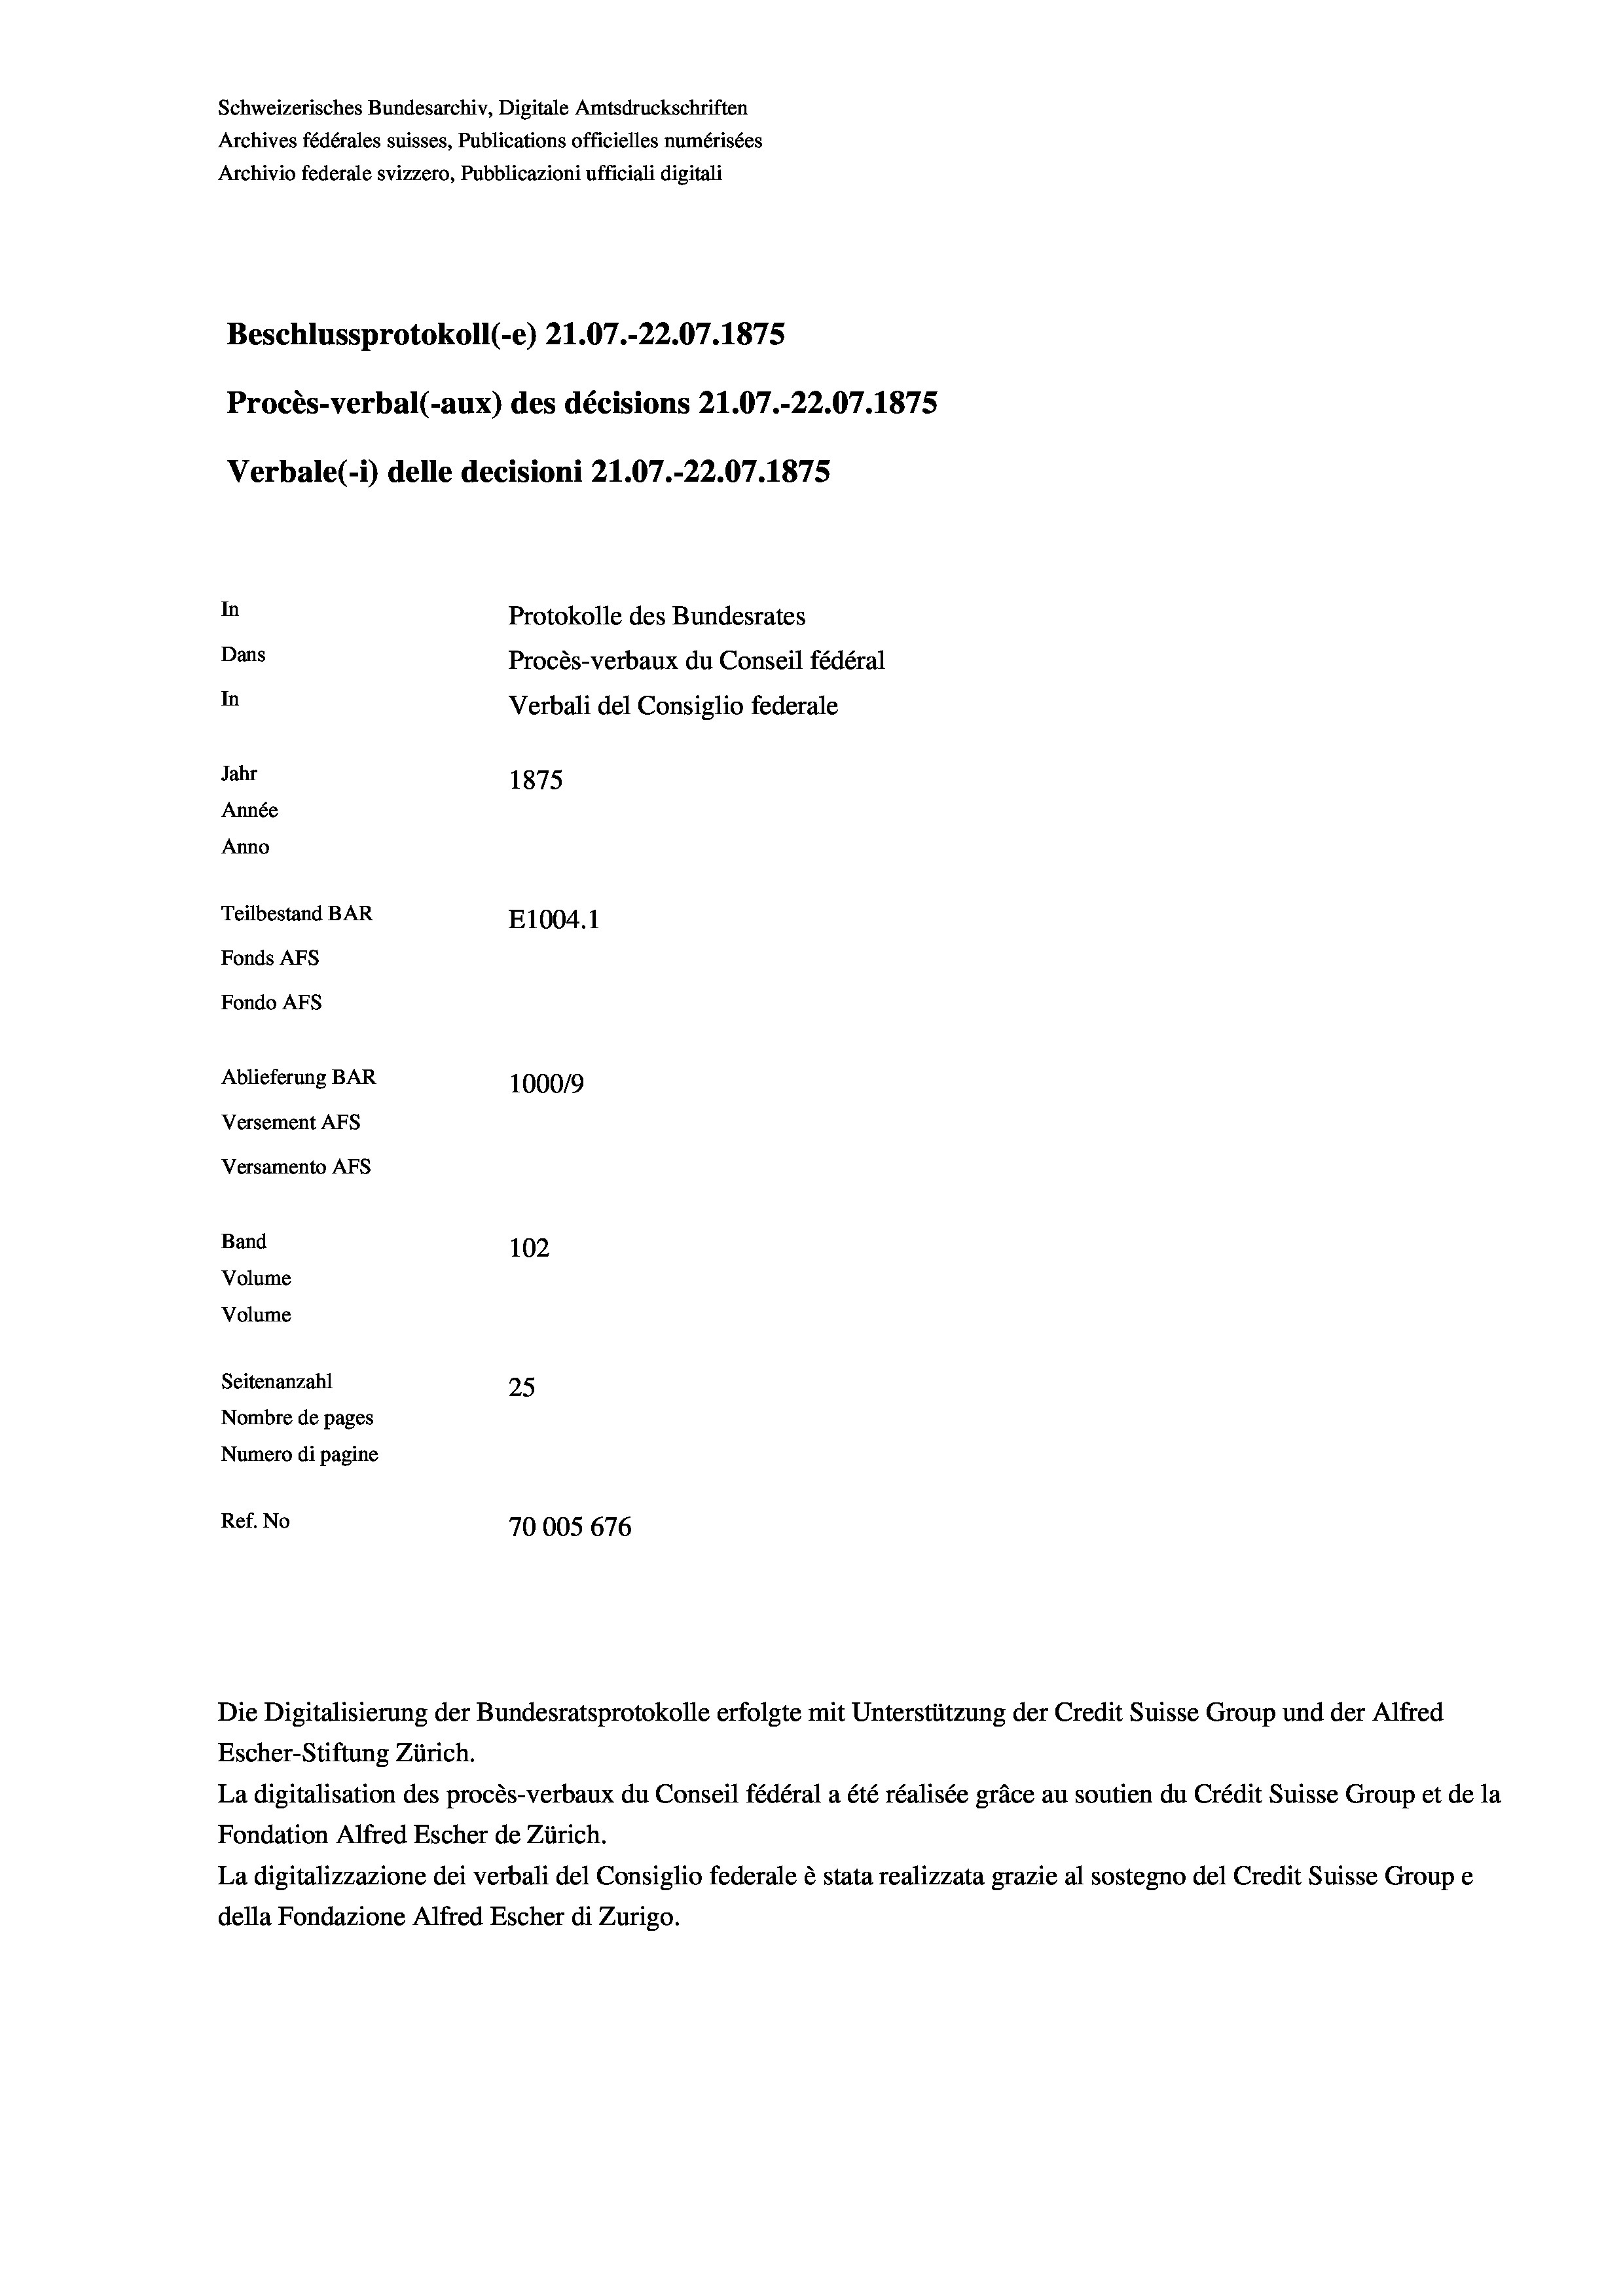
Schweizerisches Bundesarchiv, Digitale Amtsdruckschriften
Archives fédérales suisses, Publications officielles numérisées
Archivio federale svizzero, Pubblicazioni ufficiali digitali
Beschlussprotokoll (-e) 21.07.-22.07. 1875
Procès-verbal (-aux) des décisions 21.07.-22.07. 1875
Verbale(- 1) delle decisioni 21.07.-22.07.1875
In
Protokolle des Bundesrates
Dans
Procès-verbaux du Conseil fédéral
In
Verbali del Consiglio federale
Jahr
1875
Année
Anno
Teilbestand BAR
E1004.1
Fonds AFs
Fondo AFS
Ablieferung BAR
100019
Versement AFs
Versamento Afs

Band
Volume
Volume

102
Seitenanzahl
25
Nombre de pages
Numero di pagine
Ref. No
70005 676

Die Digitalisierung der Bundesratsprotokolle erfolgte mit Unterstützung der Credit Suisse Group und der Alfred
Escher-Stiftung Zürich.
La digitalisation des procès-verbaux du Conseil fédéral a été réalisée gräce au soutien du Crédit Suisse Group et de la
Fondation Alfred Escher de Zürich.
La digitalizzazione dei verbali del Consiglio federale è stata realizzata grazie al sostegno del Credit Suisse Groupe
della Fondazione Alfred Escher di Zurigo.